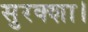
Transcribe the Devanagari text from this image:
सुरक्शा।